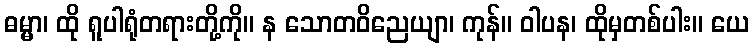
ဓမ္မာ၊ ထို ရူပါရုံတရားတို့ကို။ န သောတဝိညေယျာ၊ ကုန်။ ဝါပန၊ ထိုမှတစ်ပါး။ ယေ